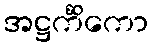
အဋ္ဌင်္ကိကော